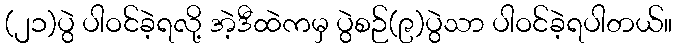
(၂၁)ပွဲ ပါဝင်ခဲ့ရလို့ အဲ့ဒီထဲကမှ ပွဲစဉ်(၉)ပွဲသာ ပါဝင်ခဲ့ရပါတယ်။